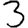
Digit: 3